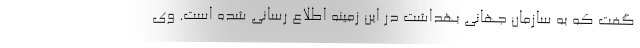
گفت که به سازمان جهانی بهداشت در این زمینه اطلاع رسانی شده است. وی